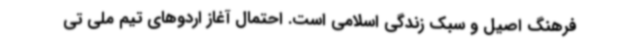
فرهنگ اصیل و سبک زندگی اسلامی است. احتمال آغاز اردوهای تیم ملی تی